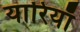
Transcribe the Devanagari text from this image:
यारियाँ